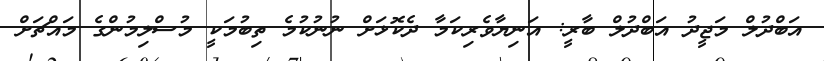
އަބްދުލް މަޖީދު އަބްދުލް ބާރީ: އަނިޔާވެރިކަމާ ދެކޮޅަށް ނުނުކުމެ ތިބުމަކީ މުސްލިމުންގެ މައްޗަށް